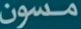
مسون